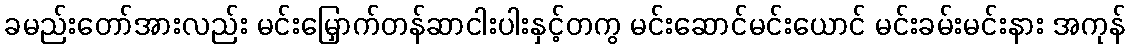
ခမည်းတော်အားလည်း မင်းမြှောက်တန်ဆာငါးပါးနှင့်တကွ မင်းဆောင်မင်းယောင် မင်းခမ်းမင်းနား အကုန်